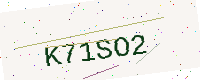
Text: K71SO2